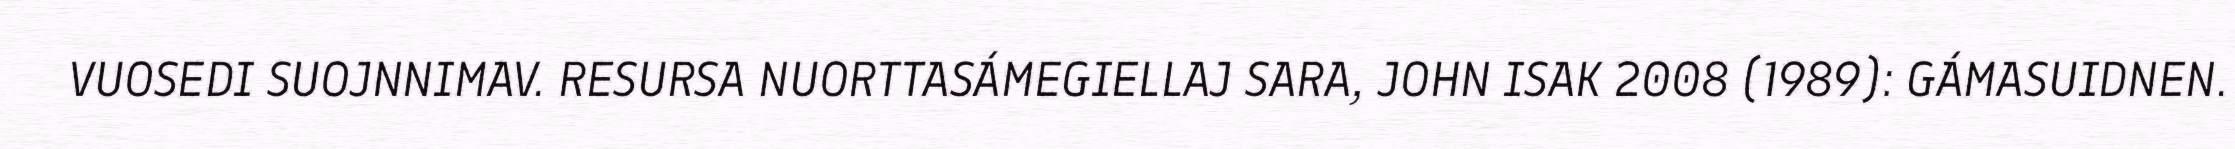
VUOSEDI SUOJNNIMAV. RESURSA NUORTTASÁMEGIELLAJ SARA, JOHN ISAK 2008 (1989): GÁMASUIDNEN.